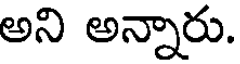
అని అన్నారు.